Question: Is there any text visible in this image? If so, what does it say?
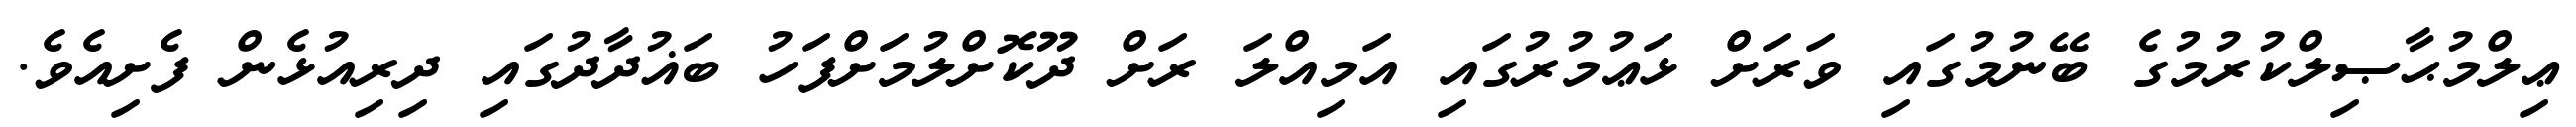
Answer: ޢިލްމުޙާޞިލްކުރުމުގެ ބޭނުމުގައި ވަރަށް ޅަޢުމުރުގައި އަމިއްލަ ރަށް ދޫކޮށްލުމަށްފަހު ބަޣުދާދުގައި ދިރިއުޅެން ފެށިއެވެ.